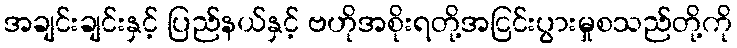
အချင်းချင်းနှင့် ပြည်နယ်နှင့် ဗဟိုအစိုးရတို့အငြင်းပွားမှုစသည်တို့ကို